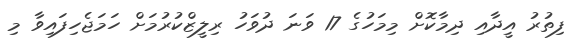
ފިތުރު އީދާއި ދިމާކޮށް މިމަހުގެ 17 ވަނަ ދުވަހު ރިލީޒްކުރުމަށް ހަމަޖެހިފައިވާ މި